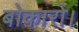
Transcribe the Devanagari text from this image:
बोकारो।